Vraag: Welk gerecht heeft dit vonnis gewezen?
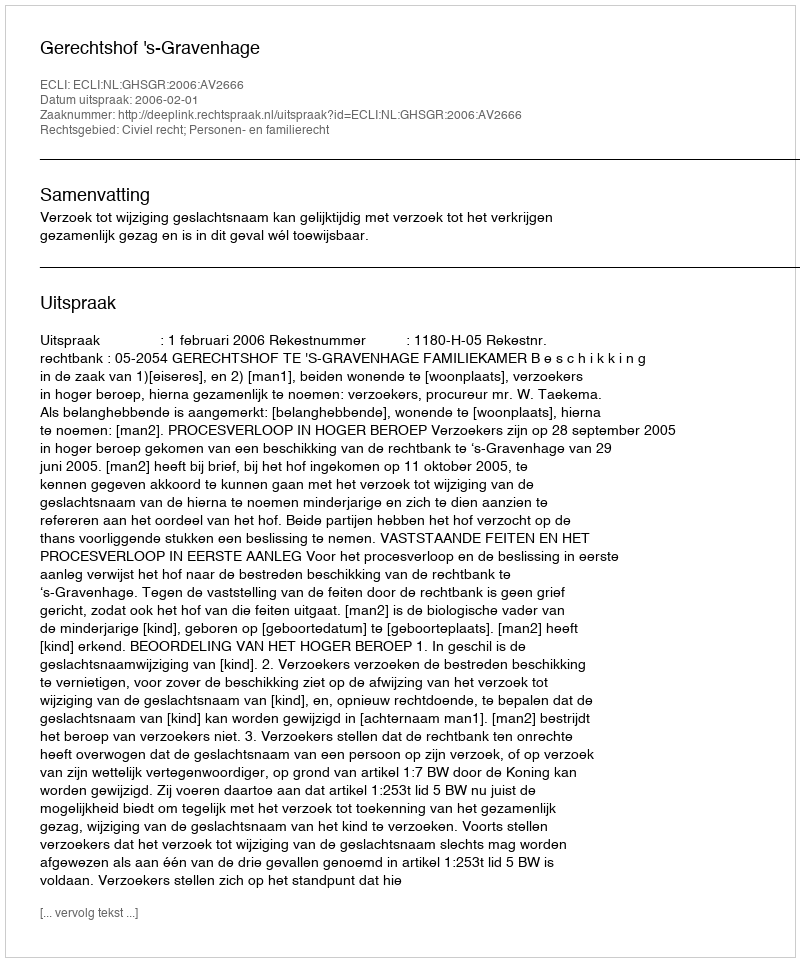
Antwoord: Gerechtshof 's-Gravenhage